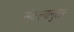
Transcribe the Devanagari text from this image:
संकल्पानुसार